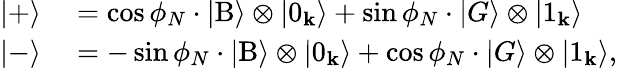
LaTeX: \begin{array}{rl}{|+\rangle}&{{}=\cos\phi_{N}\cdot|\mathrm{B}\rangle\otimes|0_{\mathbf k}\rangle+\sin\phi_{N}\cdot|G\rangle\otimes|1_{\mathbf k}\rangle}\\ {|-\rangle}&{{}=-\sin\phi_{N}\cdot|\mathrm{B}\rangle\otimes|0_{\mathbf k}\rangle+\cos\phi_{N}\cdot|G\rangle\otimes|1_{\mathbf k}\rangle,}\end{array}